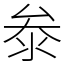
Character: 𭆞